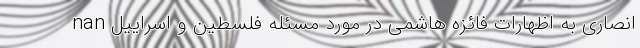
انصاری به اظهارات فائزه هاشمی در مورد مسئله فلسطین و اسراییل nan